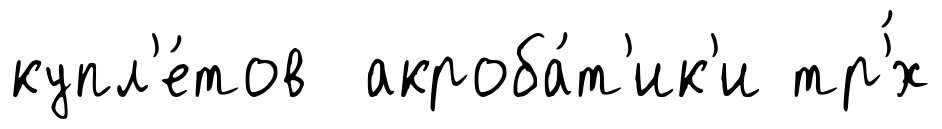
купл'е́тов акроба́т'ик'и тр'́х